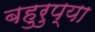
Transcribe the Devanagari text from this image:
बहुरुप्या